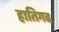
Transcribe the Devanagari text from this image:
हातिगढ